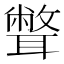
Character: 𦗥